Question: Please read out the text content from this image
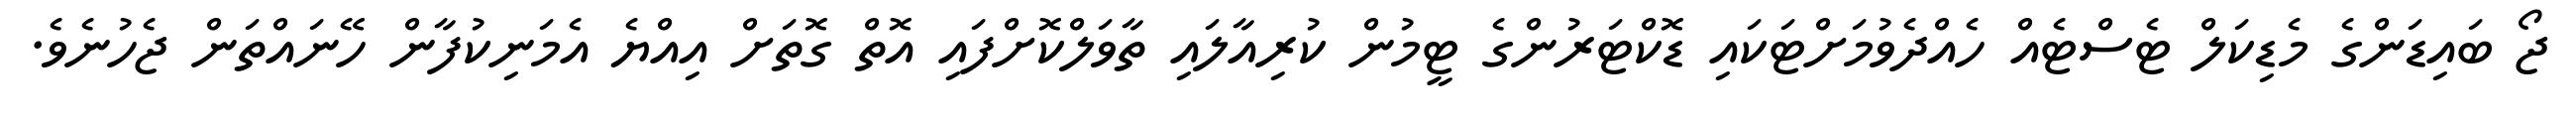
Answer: ޖޯ ބައިޑަންގެ މެޑިކަލް ޓެސްޓެއް ހެއްދެވުމަށްޓަކައި ޑޮކްޓަރުންގެ ޓީމުން ކުރިއާލައި ތާވަލްކޮށްފައި އޮތް ގޮތަށް އިއްޔެ އެމަނިކުފާން ހޭނައްތަން ޖެހުނެވެ.